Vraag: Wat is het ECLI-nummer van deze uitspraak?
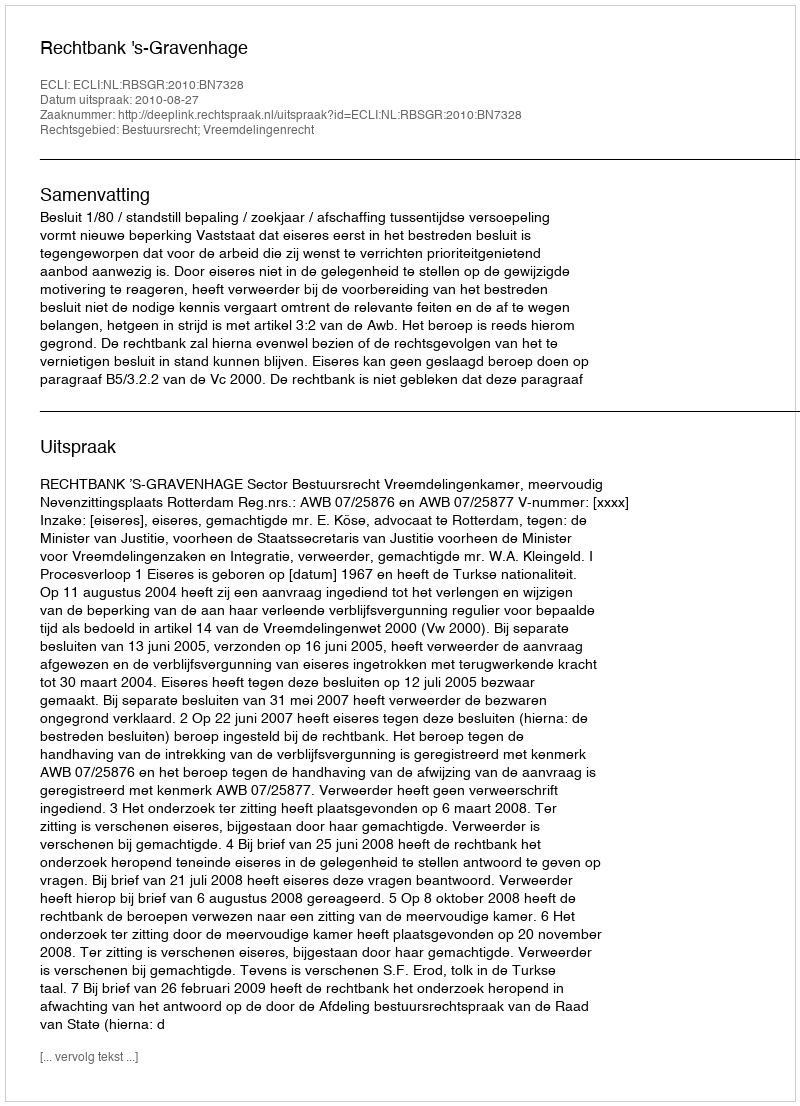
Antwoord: ECLI:NL:RBSGR:2010:BN7328